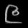
Digit: ၉